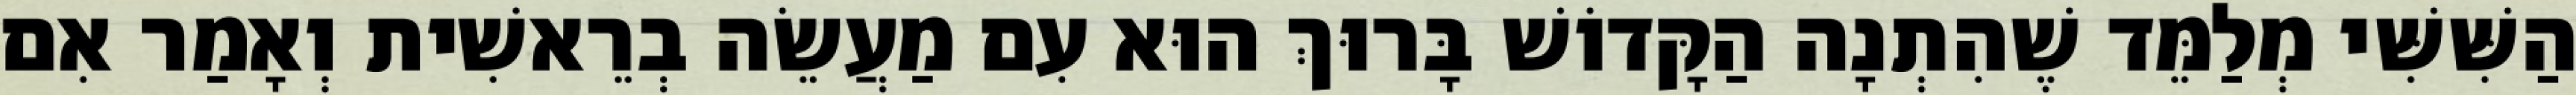
הַשִּׁשִּׁי מְלַמֵּד שֶׁהִתְנָה הַקָּדוֹשׁ בָּרוּךְ הוּא עִם מַעֲשֵׂה בְרֵאשִׁית וְאָמַר אִם